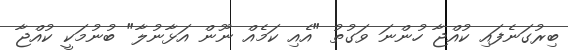
ބިރުގަނެފައި ކުއްޖާ ހުންނަ ވަގުތު "އެއި ކަމެއް ނޫން އަޅާނުލާ" ބުނުމަކީ ކުއްޖާ